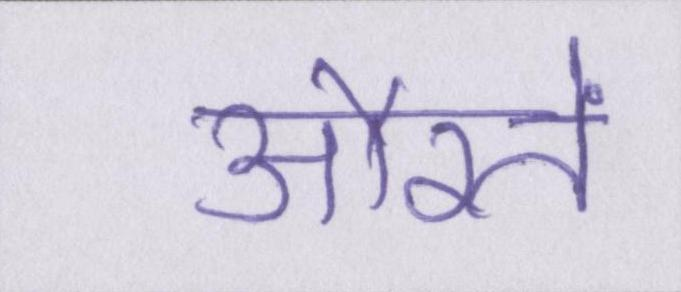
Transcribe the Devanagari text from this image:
औरतें